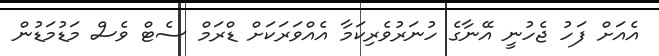
އެއަށް ފަހު ޖެހުނީ އޭނާގެ ހުނަރުވެރިކަމާ އެއްވަރަކަށް ޑްރަމް ސެޓް ވެސް މަޑުމަޑުން